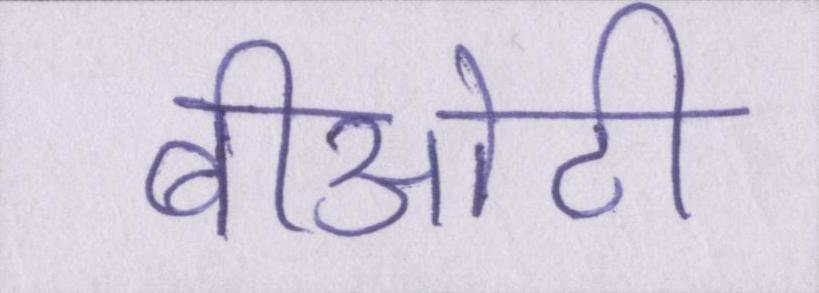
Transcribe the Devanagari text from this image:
बीओटी